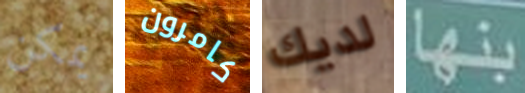
يمكن كامرون لديك بنها